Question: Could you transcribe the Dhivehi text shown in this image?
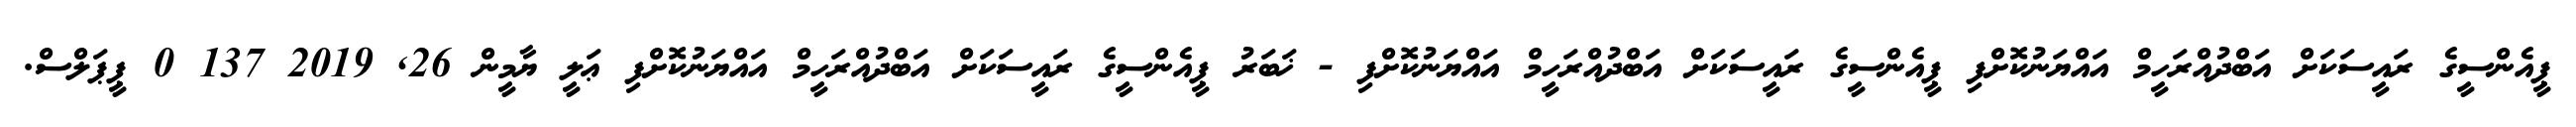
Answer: ޕީއެންސީގެ ރައީސަކަށް އަބްދުއްރަހީމް އައްޔަނުކޮށްފި ޕީއެންސީގެ ރައީސަކަށް އަބްދުއްރަހީމް އައްޔަނުކޮށްފި - ޚަބަރު ޕީއެންސީގެ ރައީސަކަށް އަބްދުއްރަހީމް އައްޔަނުކޮށްފި ޢަލީ ޔާމީން 26, 2019 137 0 ޕީޕަލްސް.